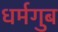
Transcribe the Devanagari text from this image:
धर्मगुब